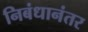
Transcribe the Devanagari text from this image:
निबंधानंतर